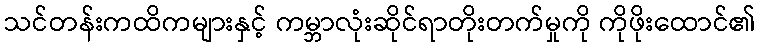
သင်တန်းကထိကများနှင့် ကမ္ဘာလုံးဆိုင်ရာတိုးတက်မှုကို ကိုဖိုးထောင်၏